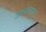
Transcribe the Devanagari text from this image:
उदयसमुद्र